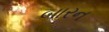
બારન